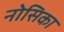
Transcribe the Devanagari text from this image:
नोसिका